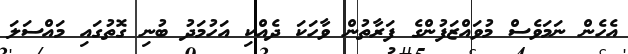
އެހެން ނަމަވެސް މުވައްޒަފުންގެ ފަރާތުން ވާހަކަ ދެއްކި އަހުމަދު ބުނި ގޮތުގައި މައްސަލަ